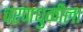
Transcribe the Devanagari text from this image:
चरणधुळीला